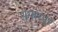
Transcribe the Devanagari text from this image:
शृंगारपुरे